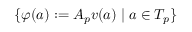
\{ \varphi ( a ) : = A _ { p } v ( a ) \; | \; a \in T _ { p } \}